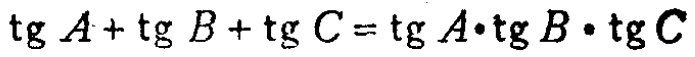
\(\tg A+\tg B+\tg C=\tg A\cdot\tg B\cdot\tg C\)